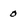
Character: 0